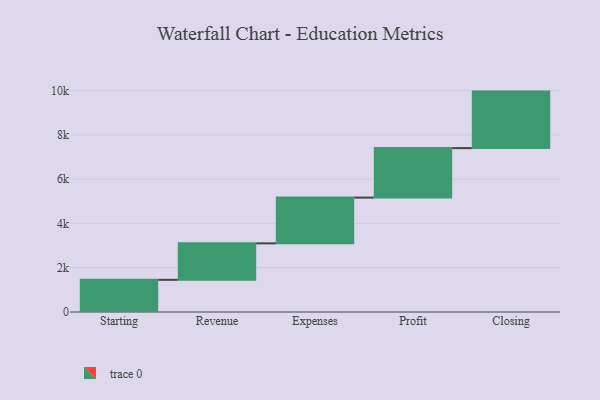
{"axis": {"x": "Step", "y": "Value"}, "legend": [""], "data": [{"x": "Starting", "y": 1452.0, "type": ""}, {"x": "Revenue", "y": 1648.0, "type": ""}, {"x": "Expenses", "y": 2065.0, "type": ""}, {"x": "Profit", "y": 2235.0, "type": ""}, {"x": "Closing", "y": 2552.0, "type": ""}]}